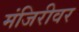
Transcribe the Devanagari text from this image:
मंजिरीवर